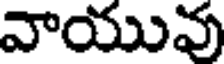
వాయువు